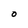
Character: O